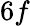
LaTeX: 6f